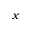
x